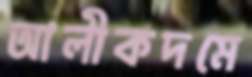
আলীকদমে